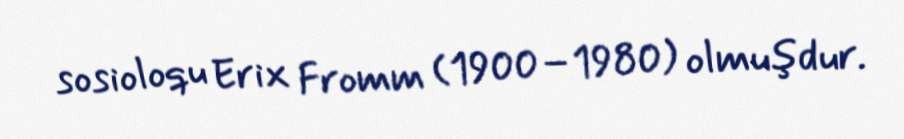
sosioloqu Erix Fromm (1900–1980) olmuşdur.